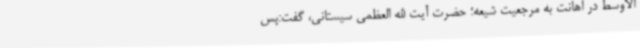
الاوسط در اهانت به مرجعیت شیعه؛ حضرت آیت الله العظمی سیستانی، گفت:پس